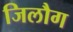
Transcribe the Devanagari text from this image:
जिलौग